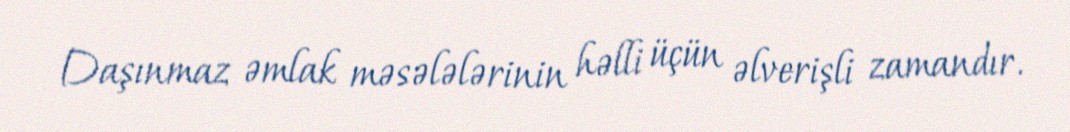
Daşınmaz əmlak məsələlərinin həlli üçün əlverişli zamandır.